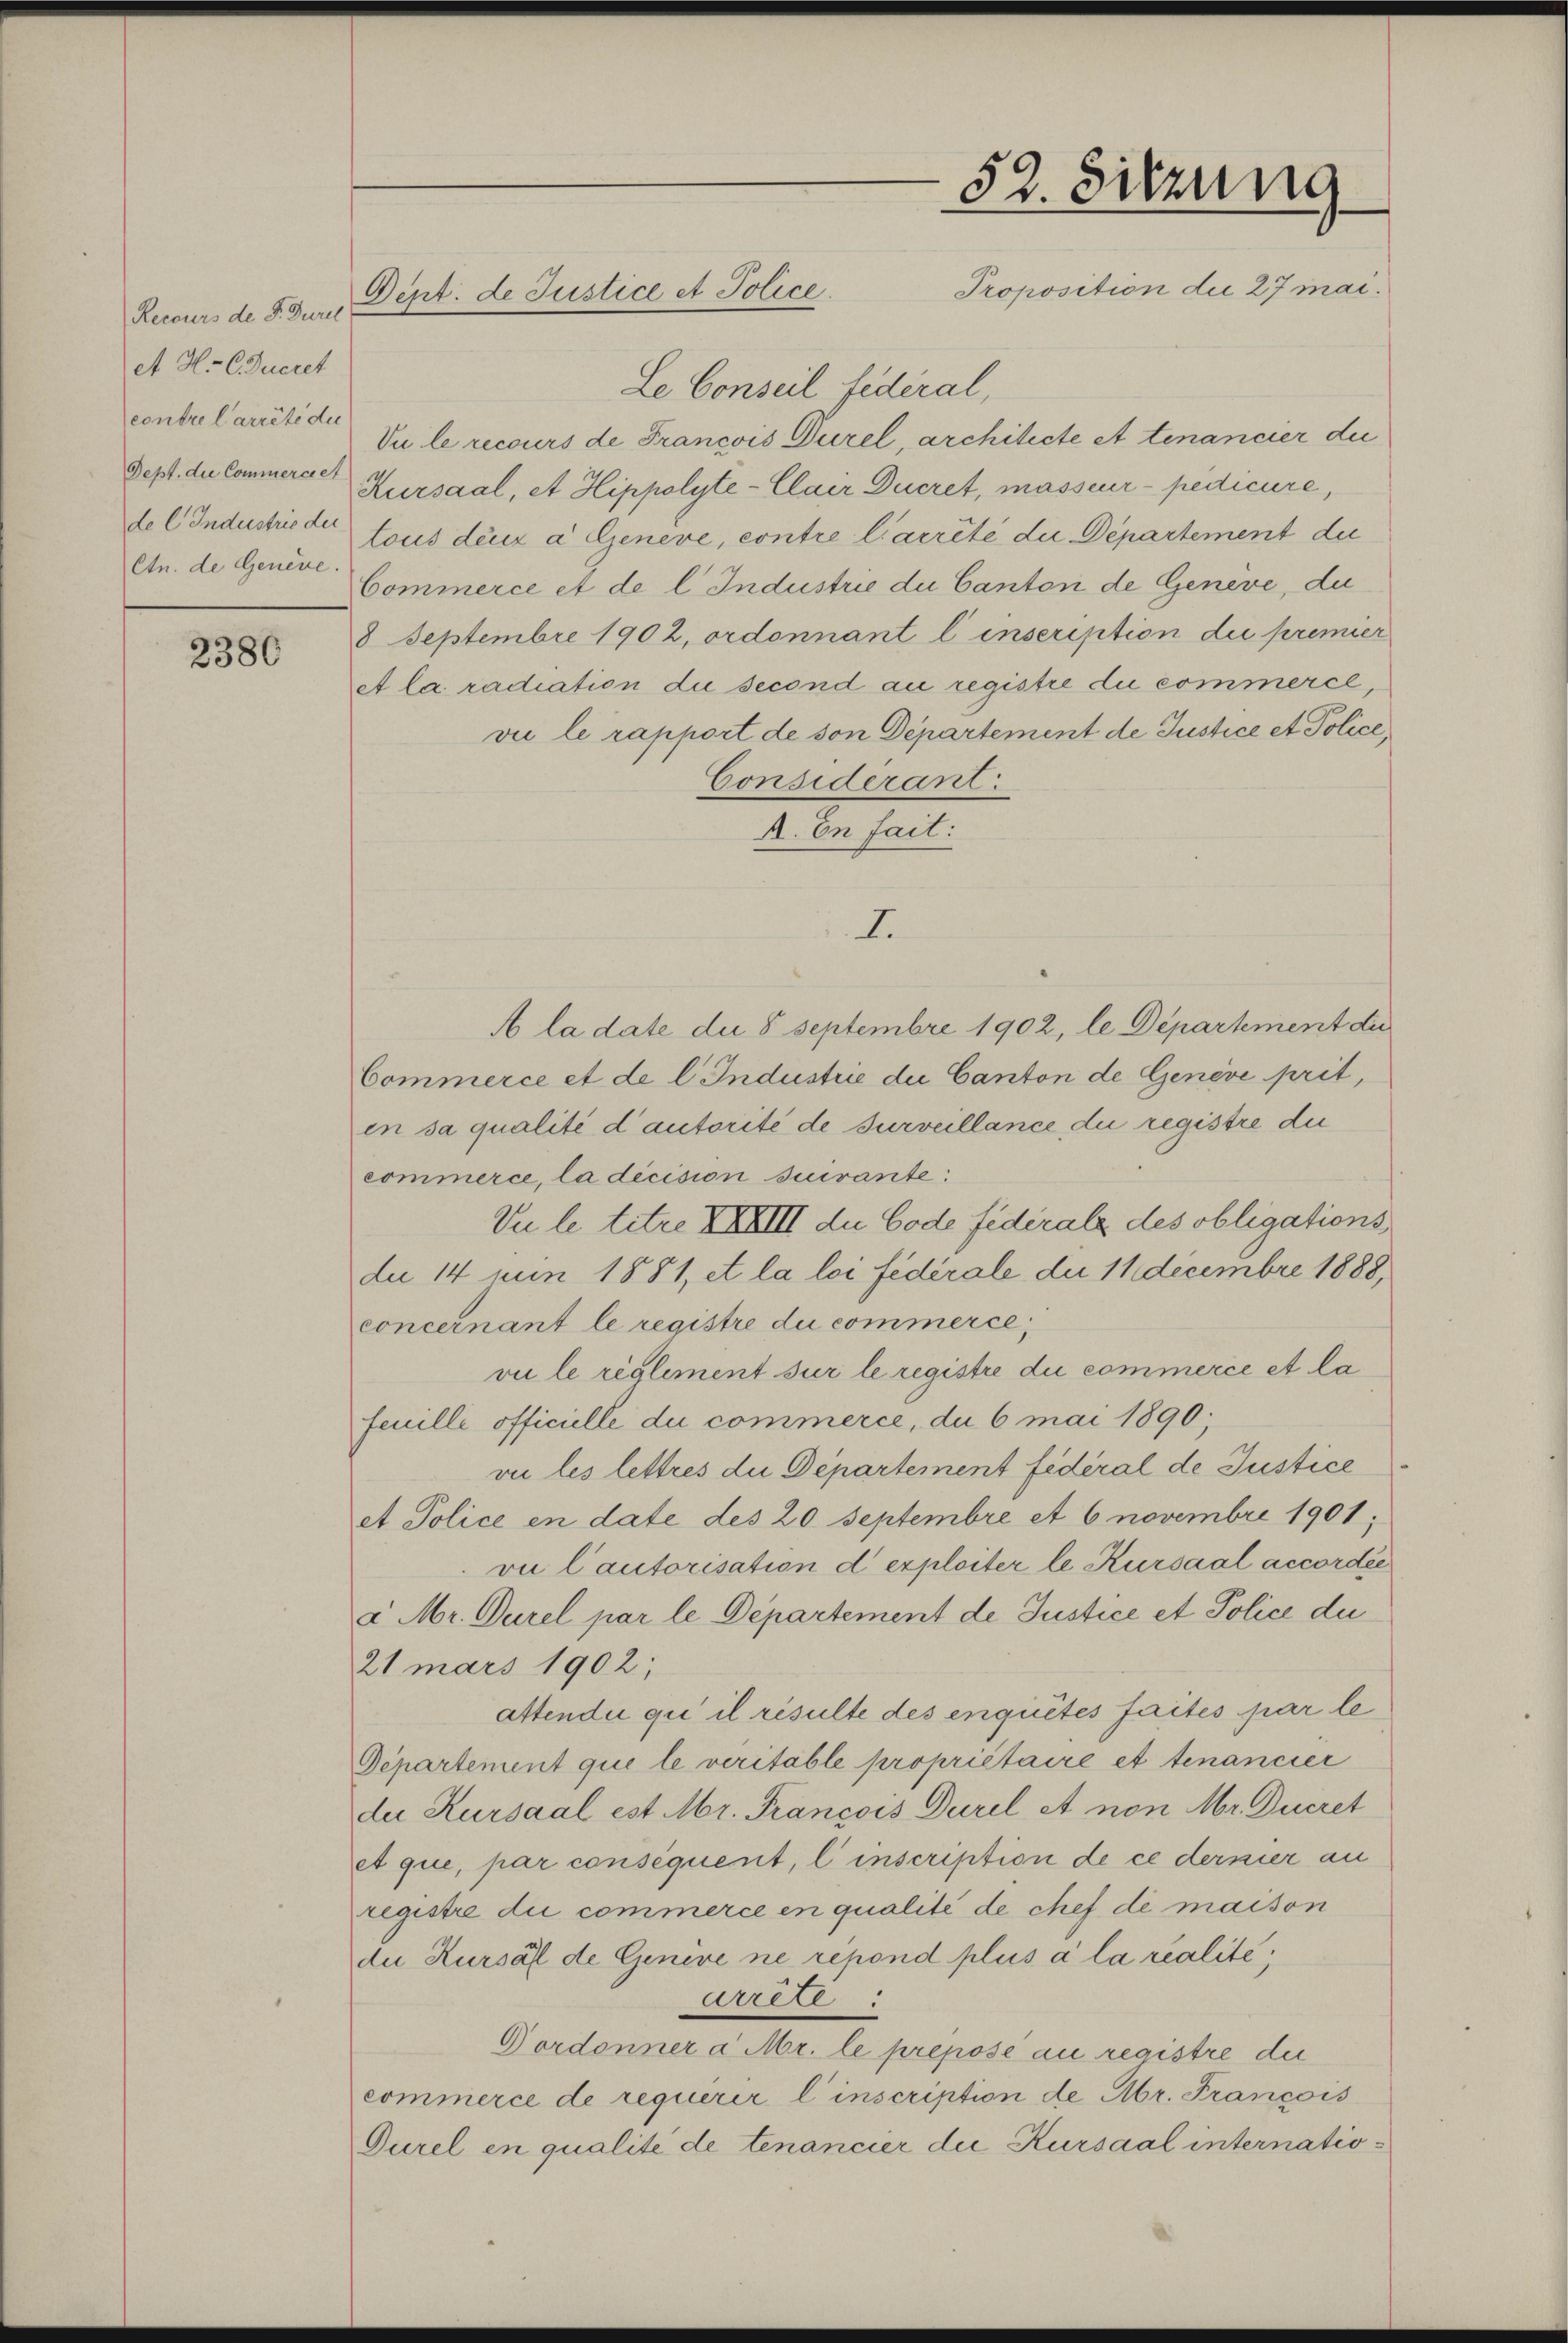
Recours de F. Durel
At H. CGucret
contre l’arrête du
Dept. die Commerceet
de l. Industrie der
Ctn. de Genere.

2380

Dept. de Justice et Police.

Le Conseil fédéral,
Vu le recours de Francois Durel, architecte et tenancier du
Kursaal, et Hippolyte-Clair Ducret, masseur-pedicire,
tous deux a Geneve, contre l’arrêté die Departement du
Commerce et de l. Industrie du Canton de Genève, du
8 Septembre 1902, ordonnant l inscription die premier
et la radiation die second au registre du commerce,
vie le rapport de son Departement de Justice et Police,
Considerant.
A. In fait:
I.
A la date die 8 Septembre 1902, le Departement die
Commerce et de l. Industrie die Canton de Genève prit,
en sa qualité d’autorité de surveillance die registre die
commerce, la décision suivante:
Vu le titre XXXIII du Code fédérale des obligations
du 14 nun 1881, et la loi fédérale die 11 Decembre 1888,
concernant le registre du commerce,
vu le reglement sur le registre du commerce et la
feuille officielle du commerce, du 6 mai 1890;
vi les lettres die Departement fédéral de Justice
et Police en date des 20 Septembre et 6 novembre 1901;
vie Cautorisation d exploiter le Kursaal accordée
 Mr. Durel par le Departement de Justice et Police du
21 mars 1902;
attendii qui il résulte des enquités faites par le
Departement que le veritable propriétaire et tenancier
de Kursaal est Mr. Francois Durel A non Mr. Ducret
et que, par consequent, l’inscription de ce dernier an
registre die commerce en qualité de chef de maison
du Kursal de Genere ne repond plus à la realité,
arrete
Dordonner a Mr. le préposé au registre die
commerce de requérir l’inscription de Abr. Francois
Gurel en qualité de tenancier die Kursaal internatio¬

52. Sitzung
Proposition die 27 mar.